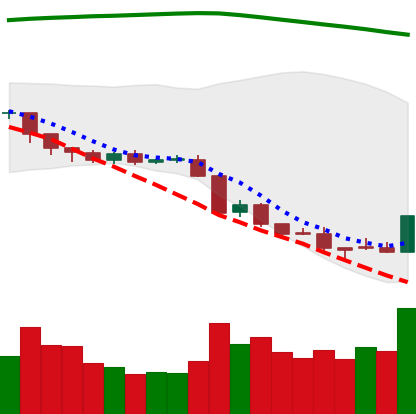
Ticker: EOS-USD
Chart end date: 2018-08-17
Forward return: -14.209%
Label: down_7plus